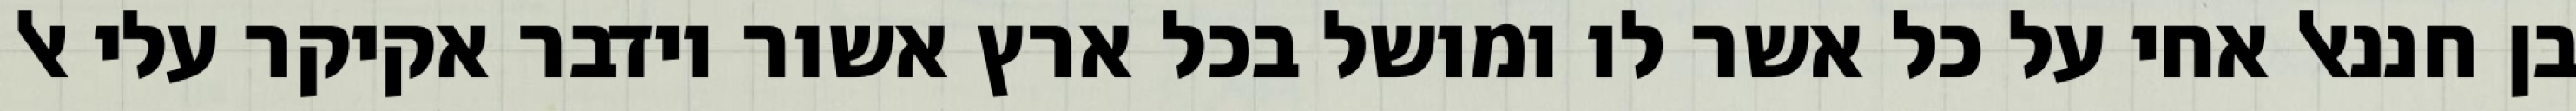
בן חננאל אחי על כל אשר לו ומושל בכל ארץ אשור וידבר אקיקר עלי אל